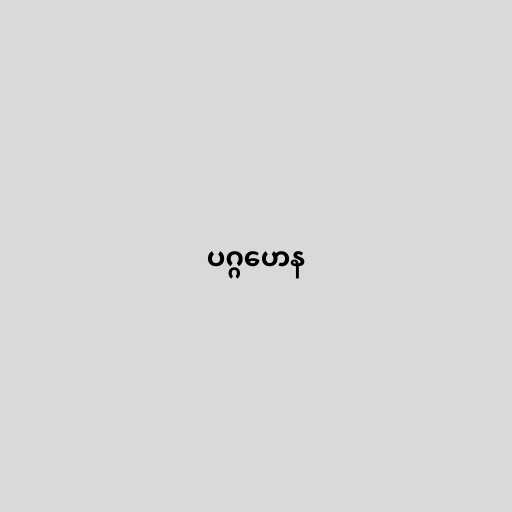
ပဂ္ဂဟေန